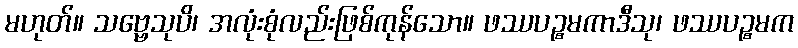
မဟုတ်။ သဗ္ဗေသုပိ၊ အလုံးစုံလည်းဖြစ်ကုန်သော။ ဖဿပဉ္စမကာဒီသု၊ ဖဿပဉ္စမက